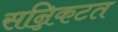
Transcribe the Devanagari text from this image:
सन्निकटत